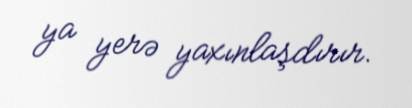
ya yerə yaxınlaşdırır.